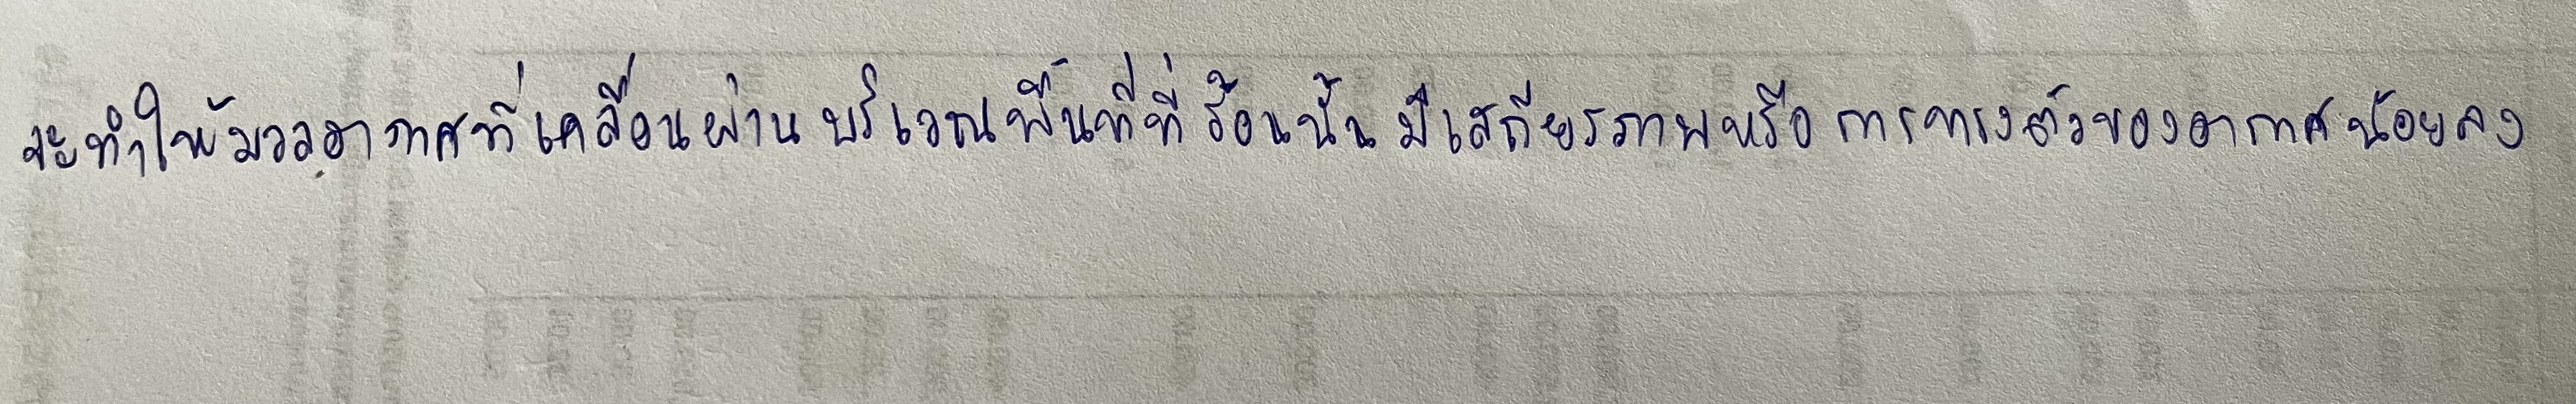
จะทำให้มวลอากาศที่เคลื่อนผ่านบริเวณพื้นที่ที่ร้อนนั้นมีเสถียรภาพหรือการทรงตัวของอากาศน้อยลง